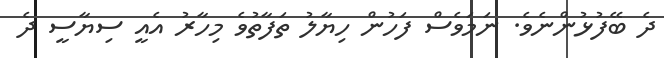
ދެ ބޭފުޅުންނެވެ. ނަމަވެސް ފަހުން ހިޔާލު ތަފާތުވެ މިހާރު އެއީ ސިޔާސީ ދެ